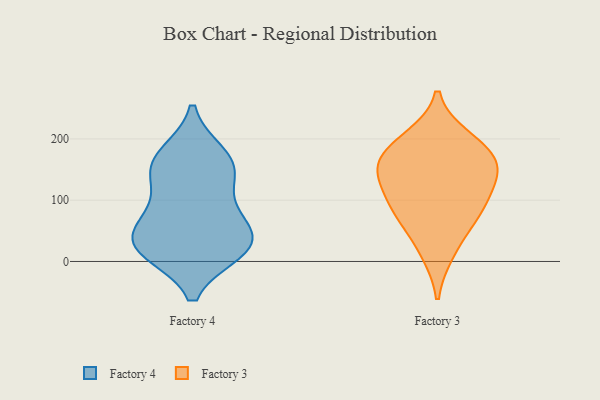
{"axis": {"x": "Net Income (USD K)", "y": "Value"}, "legend": ["Factory 3", "Factory 4"], "data": [{"x": "", "y": 25, "type": "Factory 4"}, {"x": "", "y": 150, "type": "Factory 4"}, {"x": "", "y": 28, "type": "Factory 4"}, {"x": "", "y": 18, "type": "Factory 4"}, {"x": "", "y": 173, "type": "Factory 4"}, {"x": "", "y": 38, "type": "Factory 4"}, {"x": "", "y": 23, "type": "Factory 4"}, {"x": "", "y": 79, "type": "Factory 4"}, {"x": "", "y": 141, "type": "Factory 4"}, {"x": "", "y": 163, "type": "Factory 4"}, {"x": "", "y": 76, "type": "Factory 4"}, {"x": "", "y": 186, "type": "Factory 3"}, {"x": "", "y": 95, "type": "Factory 3"}, {"x": "", "y": 200, "type": "Factory 3"}, {"x": "", "y": 84, "type": "Factory 3"}, {"x": "", "y": 132, "type": "Factory 3"}, {"x": "", "y": 165, "type": "Factory 3"}, {"x": "", "y": 141, "type": "Factory 3"}, {"x": "", "y": 16, "type": "Factory 3"}, {"x": "", "y": 158, "type": "Factory 3"}, {"x": "", "y": 68, "type": "Factory 3"}]}